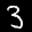
Label: 3